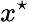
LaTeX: x^{\star}